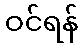
ဝင်ရန်